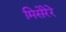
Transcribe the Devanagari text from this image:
मिसेरेरे